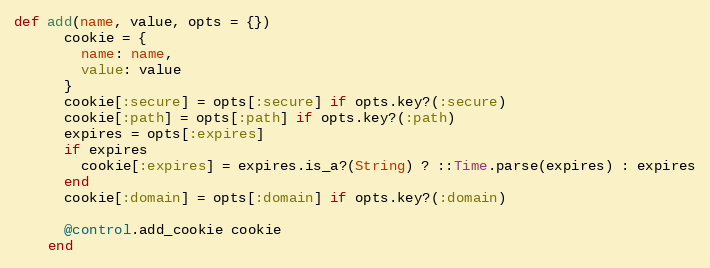
Language: Ruby
def add(name, value, opts = {})
      cookie = {
        name: name,
        value: value
      }
      cookie[:secure] = opts[:secure] if opts.key?(:secure)
      cookie[:path] = opts[:path] if opts.key?(:path)
      expires = opts[:expires]
      if expires
        cookie[:expires] = expires.is_a?(String) ? ::Time.parse(expires) : expires
      end
      cookie[:domain] = opts[:domain] if opts.key?(:domain)

      @control.add_cookie cookie
    end